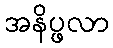
အနိပ္ဖလာ